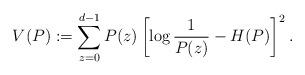
LaTeX: \begin{align*}V(P):= \sum_{z=0}^{d-1} P(z) \left[ \log\frac{1}{P(z)}-H(P)\right]^2.\end{align*}